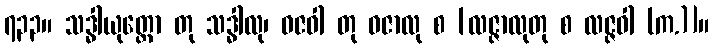
၇၃၃။ သဒ္ဓါယုတ္တော တု သဒ္ဓါလု၊ ဓဇဝါ တု ဓဇာလု စ [လဇ္ဇာလုတု စ လဇ္ဇဝါ (က.)]။